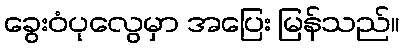
ခွေးဝံပုလွေမှာ အပြေး မြန်သည်။